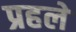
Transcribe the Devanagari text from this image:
प्रहले